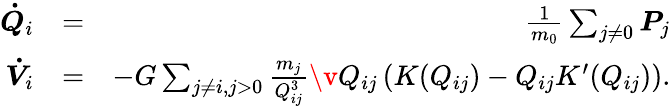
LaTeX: \begin{array}{rlr}{\boldsymbol{\dot{Q}}_{i}}&{=}&{\frac{1}{m_{0}}\sum_{j\ne 0}\boldsymbol{P}_{j}}\\ {\boldsymbol{\dot{V}}_{i}}&{=}&{-G\sum_{j\neq i,j>0}\frac{m_{j}}{Q_{ij}^{3}}\v Q_{ij}\left(K(Q_{ij})-Q_{ij}K^{\prime}(Q_{ij})\right).}\end{array}